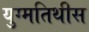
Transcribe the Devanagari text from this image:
युग्मतिथीस